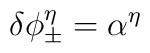
\delta \phi _{\pm }^{\eta }=\alpha ^{\eta }